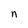
Character: n